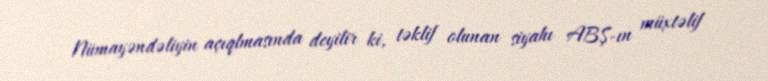
Nümayəndəliyin açıqlmasında deyilir ki, təklif olunan siyahı ABŞ-ın müxtəlif